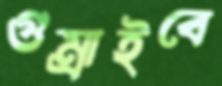
গুম্‌রাইবে